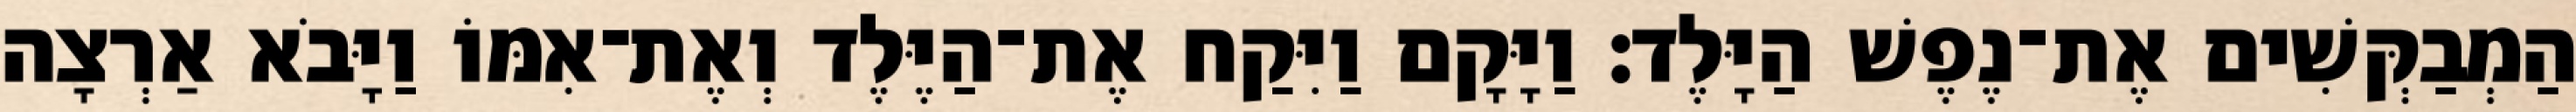
הַמְבַקְּשִׁים אֶת־נֶפֶשׁ הַיָּלֶד׃ וַיָּקָם וַיִּקַח אֶת־הַיֶּלֶד וְאֶת־אִמּוֹ וַיָּבֹא אַרְצָה